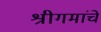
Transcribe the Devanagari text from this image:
श्रीगमांचे